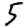
Digit: 5